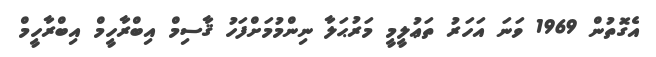
އެގޮތުން 1969 ވަނަ އަހަރު ތަޢުލީމީ މަރުޙަލާ ނިންމުމަށްފަހު ޤާސިމް އިބްރާހީމް އިބްރާހީމް